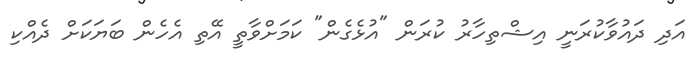
އަދި ދައުވާކުރަނީ އިޝްތިހާރު ކުރަން "އުޅެގެން" ކަމަށްވާތީ އޭތި އެހެން ބަޔަކަށް ދެއްކި